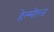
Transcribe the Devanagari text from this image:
हेल्मोल्ज